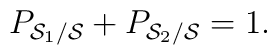
P_{{\cal S}_1/{\cal S}} + P_{{\cal S}_2/{\cal S}} =1.